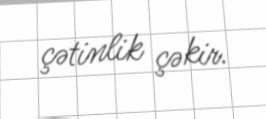
çətinlik çəkir.